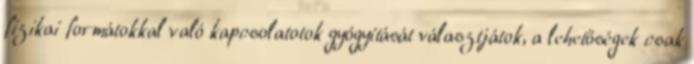
fizikai formátokkal való kapcsolatotok gyógyítását választjátok, a lehetőségek csak